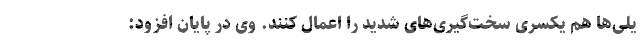
یلی‌ها هم یکسری سخت‌گیری‌های شدید را اعمال کنند. وی در پایان افزود: